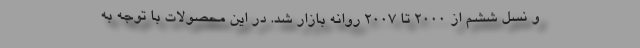
و نسل ششم از 2000 تا 2007 روانه بازار شد. در این محصولات با توجه به